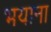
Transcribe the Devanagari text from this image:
भयाना